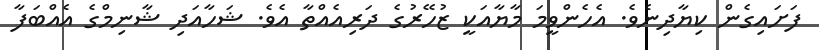
ފަށައިގެން ކިޔާދިނެވެ. އެހެންވީމަ މާޔާއަކީ ޒުހޭރުގެ ދަރިއެއްތާ އެވެ. ޝަހާއަދި ޝާނިމްގެ އެއްބަފާ